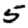
Digit: 5